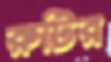
রুটির